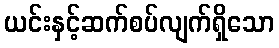
ယင်းနှင့်ဆက်စပ်လျက်ရှိသော